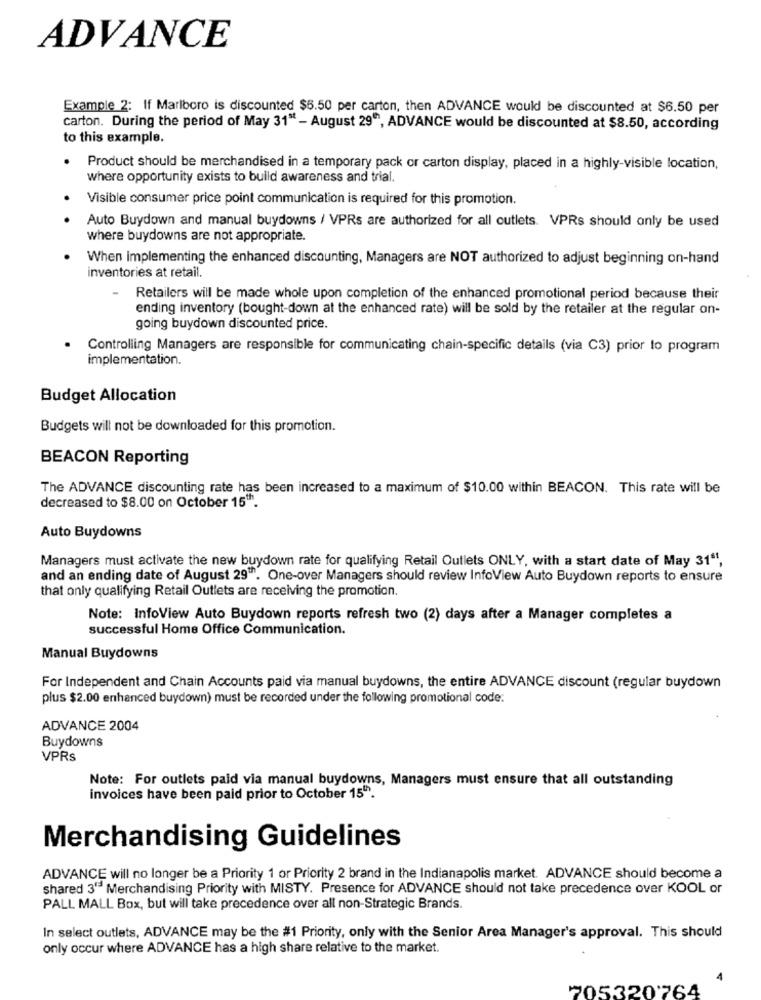
ADVANCE
Example 2: If Marlboro is discounted $6.50 per carton, then ADVANCE would be discounted at $6.50 per
carton. During the period of May 31" - August 29", ADVANCE would be discounted at $8.50, according
to this example.
.
Product should be merchandised in a temporary pack or carton display, placed in a highly-visible location,
where opportunity exists to build awareness and trial.
Visible consumer price point communication is required for this promotion.
Auto Buydown and manual buydowns / VPRs are authorized for all cutlets. VPRs should only be used
where buydowns are not appropriate.
When Implementing the enhanced discounting, Managers are NOT authorized to adjust beginning on-hand
inventories at retail.
-
Retailers will be made whole upon completion of the enhanced promotional period because their
ending inventory (bought-down at the enhanced rate) will be sold by the retailer at the regular on-
going buydown discounted price.
Controlling Managers are responsible for communicating chain-specific details (via C3) prior to program
implementation.
Budget Allocation
Budgets will not be downloaded for this promotion.
BEACON Reporting
The ADVANCE discounting rate has been increased to a maximum of $10.00 within BEACON. This rate will be
decreased to $8.00 on October 15".
Auto Buydowns
Managers must activate the new buydown rate for qualifying Retail Outlets ONLY, with a start date of May 31",
and an ending date of August 29"". One-over Managers should review InfoView Auto Buydown reports to ensure
that only qualifying Retail Outlets are receiving the promotion.
Note: InfoView Auto Buydown reports refresh two (2) days after a Manager completes a
successful Home Office Communication.
Manual Buydowns
For Independent and Chain Accounts paid via manual buydowns, the entire ADVANCE discount (regular buydown
plus $2.00 enhanced buydown) must be recorded under the following promotional code:
ADVANCE 2004
Buydowns
VPRs
Note: For outlets paid via manual buydowns, Managers must ensure that all outstanding
invoices have been paid prior to October 15"h.
Merchandising Guidelines
ADVANCE will no longer be a Priority 1 or Priority 2 brand in the Indianapolis market. ADVANCE should become a
shared 3" Merchandising Priority with MISTY. Presence for ADVANCE should not take precedence over KOOL or
PALL MALL Box, but will take precedence over all non-Strategic Brands.
In select outlets, ADVANCE may be the #1 Priority, only with the Senior Area Manager's approval. This should
only occur where ADVANCE has a high share relative to the market.
4
705320'764